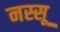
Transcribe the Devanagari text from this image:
नस्सू